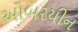
ઓબરયીન